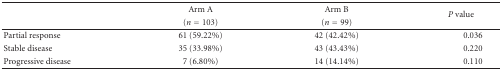
<table><thead><tr><td></td><td><b>Arm A</b></td><td><b>Arm B</b></td><td rowspan="2"><b><i>P</i> value</b></td></tr><tr><td></td><td><b>(<i>n</i> = 103)</b></td><td><b>(<i>n</i> = 99)</b></td></tr></thead><tbody><tr><td>Partial response</td><td>61 (59.22%)</td><td>42 (42.42%)</td><td>0.036</td></tr><tr><td>Stable disease</td><td>35 (33.98%)</td><td>43 (43.43%)</td><td>0.220</td></tr><tr><td>Progressive disease</td><td>7 (6.80%)</td><td>14 (14.14%)</td><td>0.110</td></tr></tbody></table>